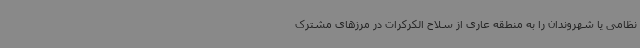
نظامی یا شهروندان را به منطقه عاری از سلاح الکرکرات در مرزهای مشترک